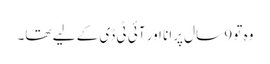
وہ تو 9 سال پرانا اور آئی ٹی ڈی کے لیے تھا۔